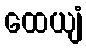
ထေယျံ